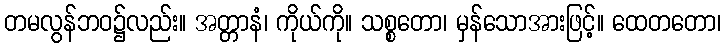
တမလွန်ဘဝ၌လည်း။ အတ္တာနံ၊ ကိုယ်ကို။ သစ္စတော၊ မှန်သောအားဖြင့်။ ထေတတော၊